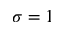
\sigma = 1